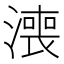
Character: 𣾓